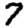
Digit: 7